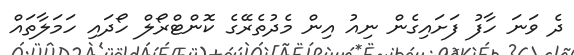
ދެ ވަނަ ހާފު ފަށައިގެން ނިއު އިން މެދުތެރޭގެ ކޮންޓްރޯލް ހޯދައި ހަމަލާތައް